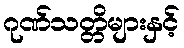
ဂုဏ်သတ္တိများနှင့်